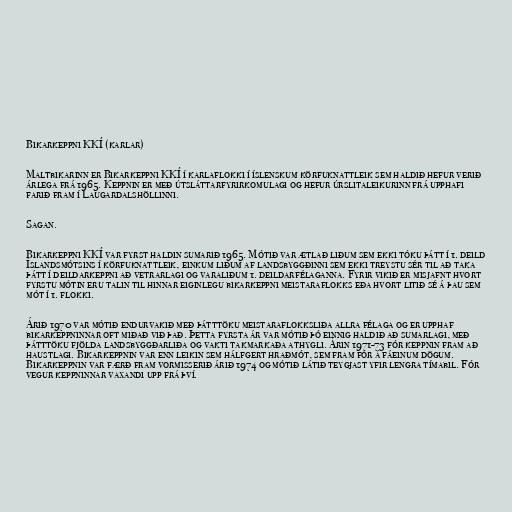
Bikarkeppni KKÍ (karlar)

Maltbikarinn er Bikarkeppni KKÍ í karlaflokki í íslenskum körfuknattleik sem haldið hefur verið
árlega frá 1965. Keppnin er með útsláttarfyrirkomulagi og hefur úrslitaleikurinn frá upphafi
farið fram í Laugardalshöllinni.

Sagan.

Bikarkeppni KKÍ var fyrst haldin sumarið 1965. Mótið var ætlað liðum sem ekki tóku þátt í 1. deild
Íslandsmótsins í körfuknattleik, einkum liðum af landsbyggðinni sem ekki treystu sér til að taka
þátt í deildarkeppni að vetrarlagi og varaliðum 1. deildarfélaganna. Fyrir vikið er misjafnt hvort
fyrstu mótin eru talin til hinnar eiginlegu bikarkeppni meistaraflokks eða hvort litið sé á þau sem
mót í 1. flokki.

Árið 1970 var mótið endurvakið með þátttöku meistaraflokksliða allra félaga og er upphaf
bikarkeppninnar oft miðað við það. Þetta fyrsta ár var mótið þó einnig haldið að sumarlagi, með
þátttöku fjölda landsbyggðarliða og vakti takmarkaða athygli. Árin 1971-73 fór keppnin fram að
haustlagi. Bikarkeppnin var enn leikin sem hálfgert hraðmót, sem fram fór á fáeinum dögum.
Bikarkeppnin var færð fram vormisserið árið 1974 og mótið látið teygjast yfir lengra tímabil. Fór
vegur keppninnar vaxandi upp frá því.